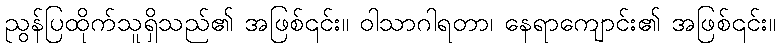
ညွန်ပြထိုက်သူရှိသည်၏ အဖြစ်၎င်း။ ဝါသာဂါရတာ၊ နေရာကျောင်း၏ အဖြစ်၎င်း။